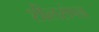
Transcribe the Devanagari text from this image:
शीलसंपन्न